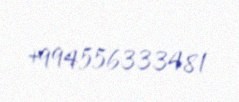
+994556333481